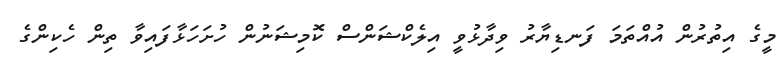
މީގެ އިތުރުން އުއްތަމަ ފަނޑިޔާރު ވިދާޅުވީ އިލެކްޝަންސް ކޮމިޝަނުން ހުށަހަޅާފައިވާ ތިން ހެކިންގެ